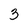
Character: 3